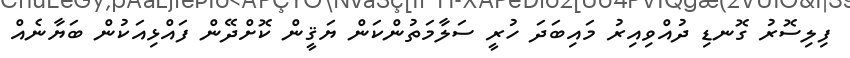
ފިލިސޮރު ގޮނޑި ދުއްވިއިރު މައިބަދަ ހުރީ ސަލާމަތުންކަން ޔަޤީން ކޮށްދޭން ފައްޅިއަކުން ބަޔާނެއް